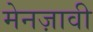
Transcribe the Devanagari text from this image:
मेनज़ावी